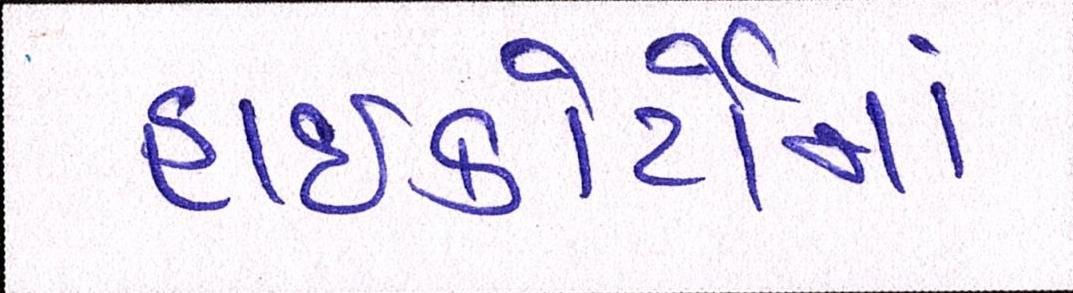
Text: હાઇકોર્ટોમાં